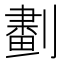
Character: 𠟱